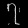
Digit: ၇